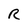
Character: R